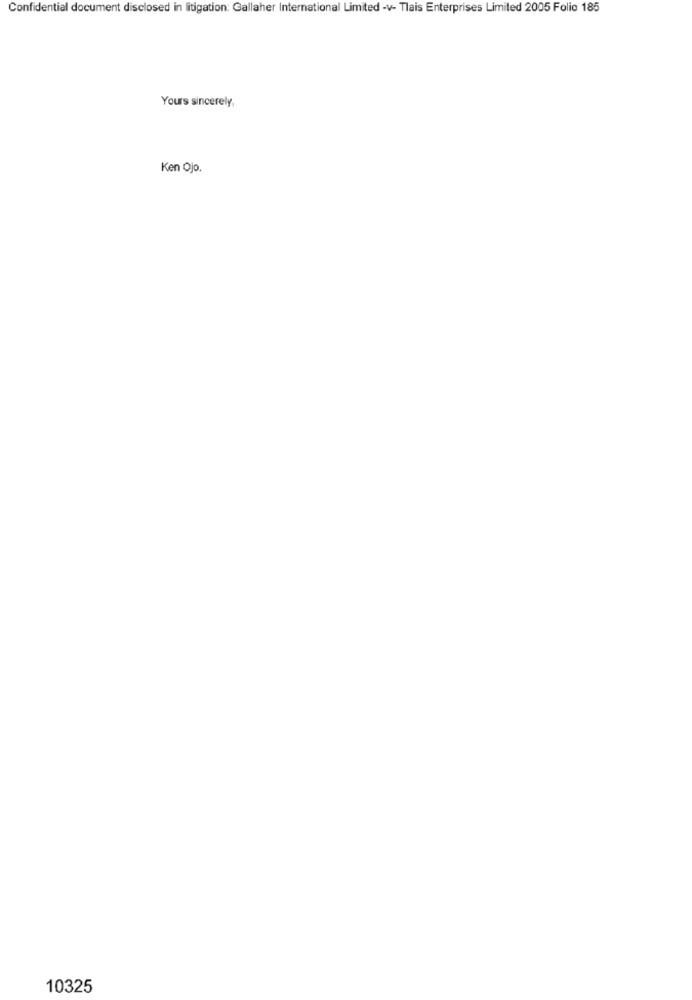
Confidential document disclosed in litigation: Gallaher International Limited -v- Tlais Enterprises Limited 2005 Folio 185
Yours sincerely,
Ken Ojo.
10325